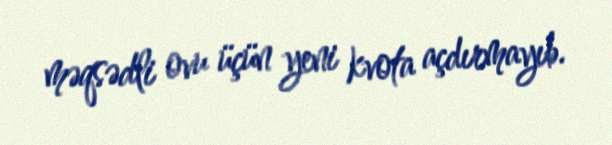
məqsədli ovu üçün yeni kvota açdırmayıb.